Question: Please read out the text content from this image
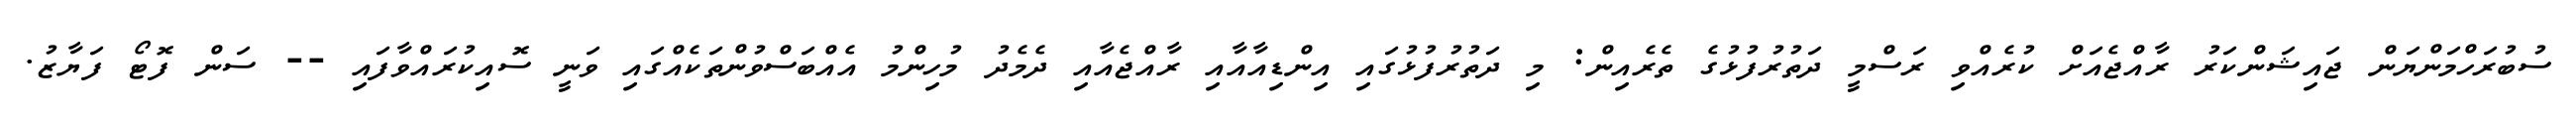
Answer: ސުބުރަހްމަންޔަން ޖައިޝަންކަރު ރާއްޖެއަށް ކުރެއްވި ރަސްމީ ދަތުރުފުޅުގެ ތެރެއިން: މި ދަތުރުފުޅުގައި އިންޑިއާއާއި ރާއްޖެއާއި ދެމެދު މުހިންމު އެއްބަސްވުންތަކެއްގައި ވަނީ ސޮއިކުރައްވާފައި -- ސަން ފޮޓޯ ފަޔާޒު.